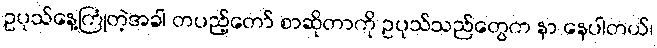
ဥပုသ်နေ့ကြုံတဲ့အခါ တပည့်တော် စာဆိုတာကို ဥပုသ်သည်တွေက နာ နေပါတယ်၊